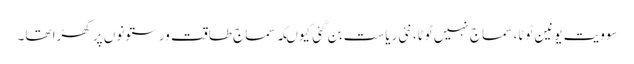
سوویت یونین ٹوٹا، سماج نہیں ٹوٹا، نئی ریاست بن گئی کیوںکہ سماج طاقت ور ستونوں پر کھڑا تھا۔